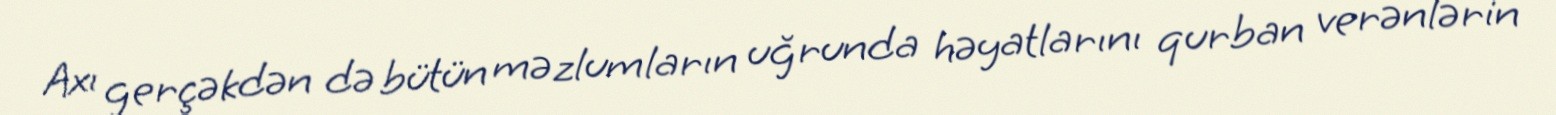
Axı gerçəkdən də bütün məzlumların uğrunda həyatlarını qurban verənlərin